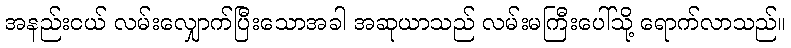
အနည်းငယ် လမ်းလျှောက်ပြီးသောအခါ အဆုယာသည် လမ်းမကြီးပေါ်သို့ ရောက်လာသည်။